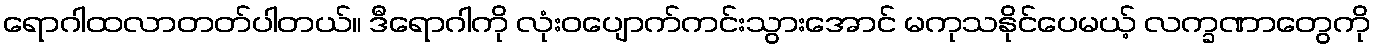
ရောဂါထလာတတ်ပါတယ်။ ဒီရောဂါကို လုံးဝပျောက်ကင်းသွားအောင် မကုသနိုင်ပေမယ့် လက္ခဏာတွေကို